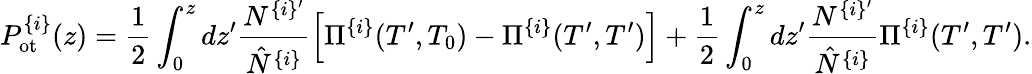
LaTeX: P_{\mathrm{ot}}^{\{ i\} }(z)=\frac{1}{2}\int_{0}^{z}dz^{\prime}\frac{N^{\{ i\} ^{\prime}}}{\hat{N}^{\{ i\} }}\left[\Pi^{\{ i\} }(T^{\prime},T_{0})-\Pi^{\{ i\} }(T^{\prime},T^{\prime})\right]+\frac{1}{2}\int_{0}^{z}dz^{\prime}\frac{N^{\{ i\} ^{\prime}}}{\hat{N}^{\{ i\} }}\Pi^{\{ i\} }(T^{\prime},T^{\prime}).